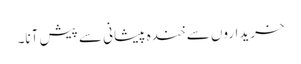
خریداروں سے خندہ پیشانی سے پیش آنا۔